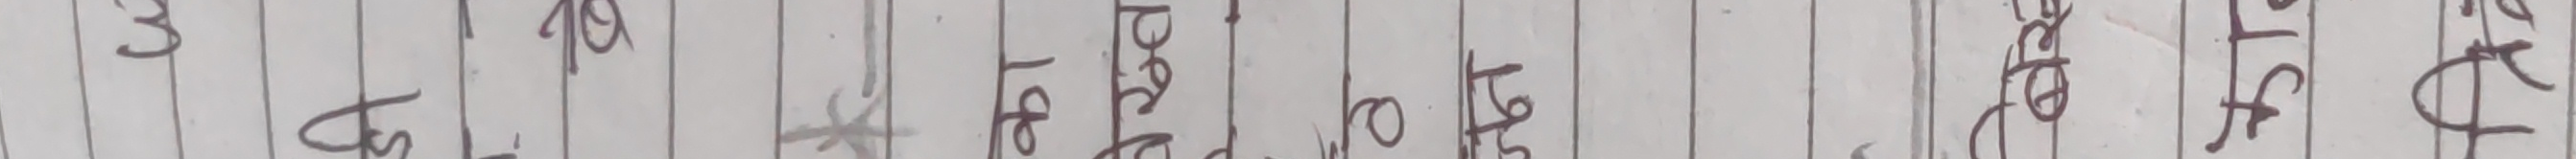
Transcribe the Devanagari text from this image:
ब्य बस्दै ब्यवसाय